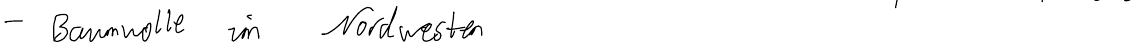
- Baumwolle im Nordwesten